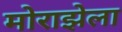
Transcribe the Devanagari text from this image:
मोराझेला